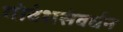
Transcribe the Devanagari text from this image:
गोवंशसंवर्धन